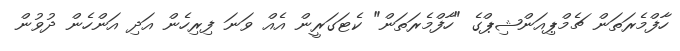
ހާފްމެރަތަން ޗެމްޕިއަންޝިޕްގެ "ހާފްމެރަތަން" ކެޓަގަރީން އެއް ވަނަ ފިރިހެން އަދި އަންހެން ދުވުން